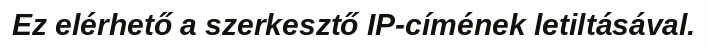
Ez elérhető a szerkesztő IP-címének letiltásával.